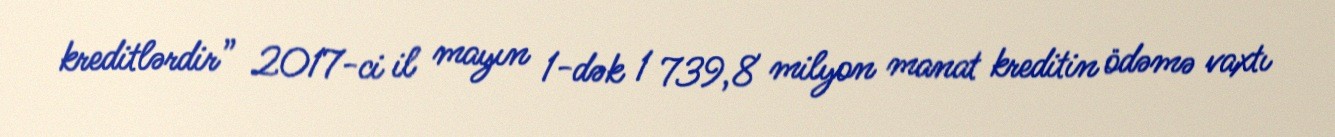
kreditlərdir” 2017-ci il mayın 1-dək 1 739,8 milyon manat kreditin ödəmə vaxtı